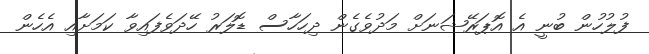
ފުލުހުން ބުނީ އެ އޮޕަރޭޝަނަށް މަދުވެގެން ދިހަހާސް ޑޮލަރު ހޭދަވެފައިވާ ކަމަށާއި އެހެން